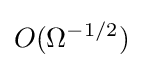
O(\Omega ^{-1/2})